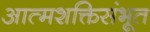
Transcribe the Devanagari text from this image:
आत्मशक्तिसंभूत